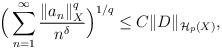
LaTeX: \begin{align*}\Big(\sum_{n=1}^\infty \frac{\|a_n\|^q_X}{n^\delta}\Big)^{1/q} \leq C \|D\|_{\mathcal{H}_{p}(X)},\end{align*}